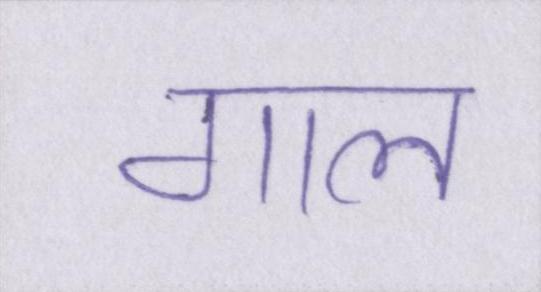
गाल